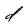
Character: d